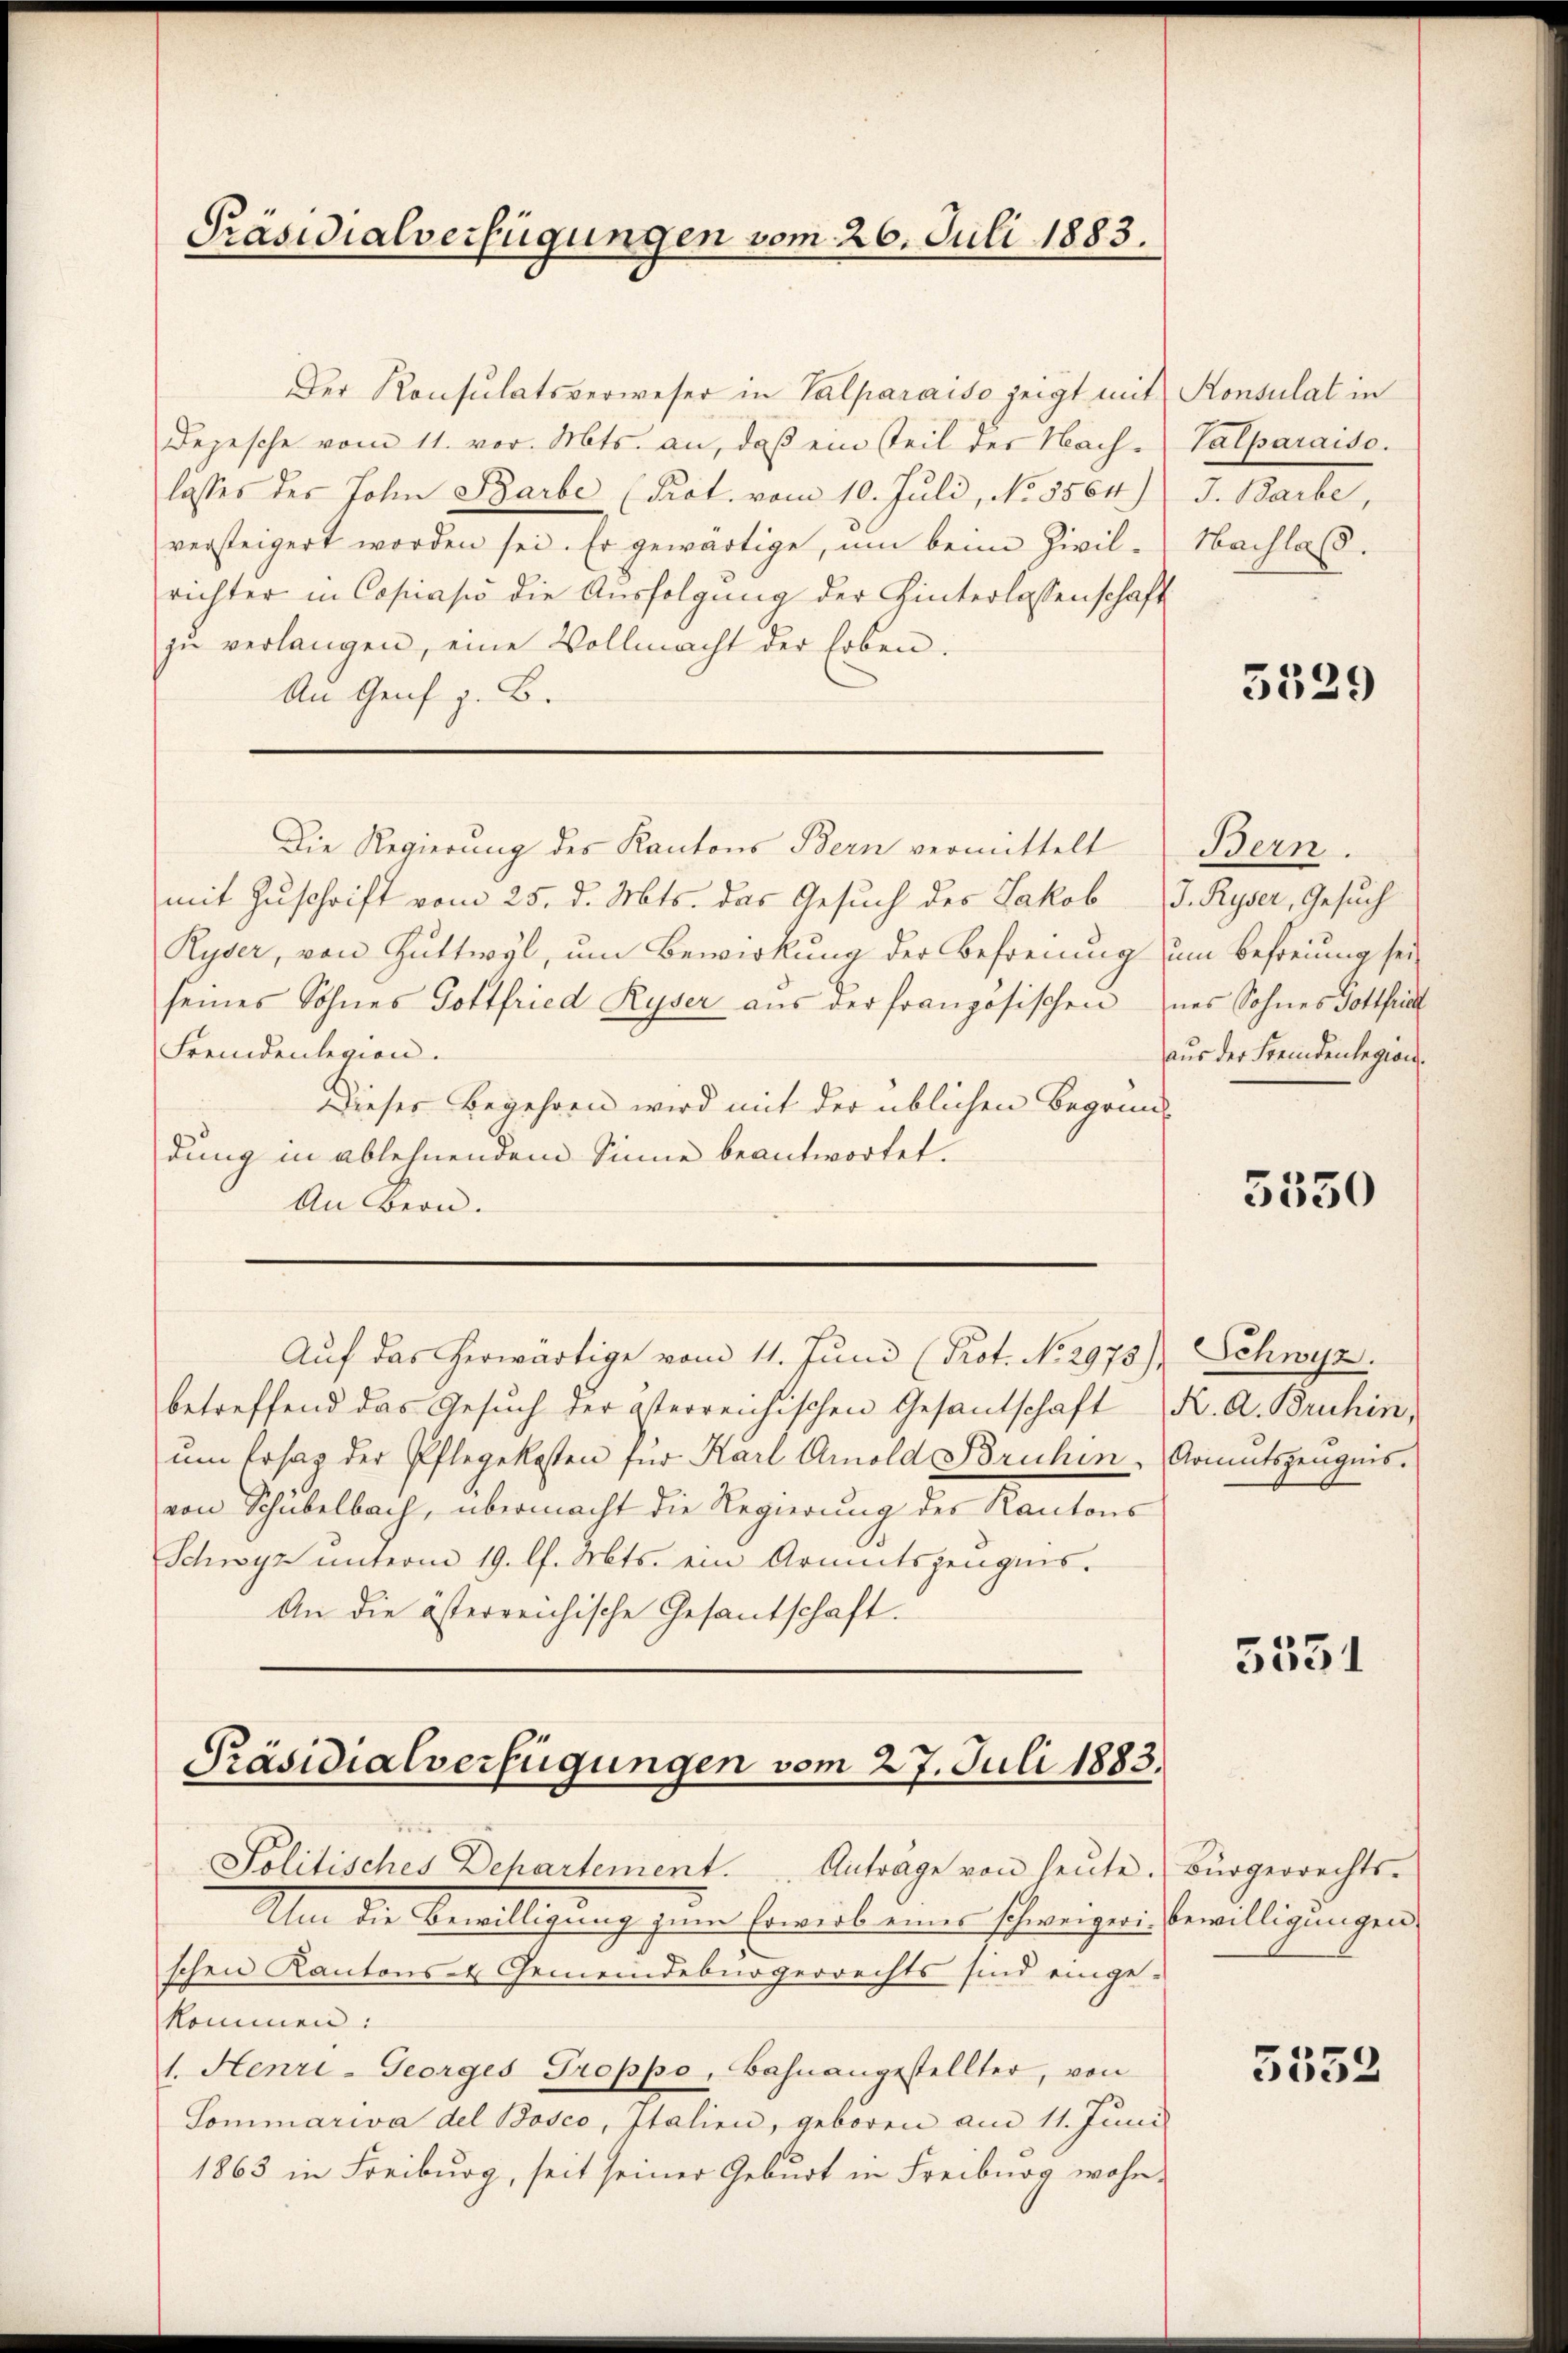
Präsidialverfügungen vom 26. Juli 1883.

Der Konsulatsverweser in Valparaiso zeigt mit Konsulat in
Depesche vom 11. vor. Mts. an, daß ein steil der Nach-Valparaiso
lasses der John Barbe (Prot. vom 10. Juli, No. 5564) J. Barbe,
versteigert worden sei. Er gewärtige, um beim Zivilrichter in Copiasio die Ausfolgung der Hinterlassenschaft
zŭ verlangen, eine Vollmacht der Erben.
An Genf z. B.
Die Regierung des Kantons Bern vermittelt
mit Zuschrift vom 25. d. Mts. das Gesuch des Jakob J. Ryser, Gesuch
Ryser, von Guttwyl, um Bewirkung der Befreiung um Befreiung seiseines Sohnes Gottfried Ryser aus der französischen des Sohnes Gottfri
Fremdenlegion.
Dieser Begehren wird mit der üblichen Begründung in ablehnendem Sinne beantwortet.
An Bern.
Aŭf das herwärtige vom 11. Juni (Prot. No 2975), Schwyz.
betreffend das Gesuch der österreichischen Gesandschaft K. A. Bruhin,
ŭm Ersatz der Pflegekosten für Karl Amold Bruhin Armutszeugnis.
von Schubelbach, übermacht die Regierung des Kantons
Schwyz unterm 19. l. Mts. ein Armutszeugnis.
An die österreichische Gesantschaft.

Präsidialverfügungen vom 27. Juli 1883.
Politisches Dehartement. Anträge von heŭte. Bürgerrechts-

Alm die Bewilligung zum Erwerb eines schweiger Bewilligungen
schen Kantons- & Gemeindebürgerrechts sind einge-
kommen:
1. Henri-Georges Troppo, Bahnangestellter, von
Sommariva del Bosco, Italien, geboren am 11. Juni
1863 in Freiburg, seit seiner Geburt in Freiburg wohn-

Nachlaß.

5329

Bern.
aus der Fremdenlegion.

5550

5551

5552